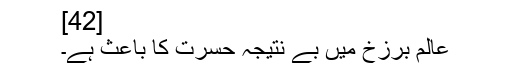
[42]
عالم برزخ میں بے نتیجہ حسرت کا باعث ہے۔